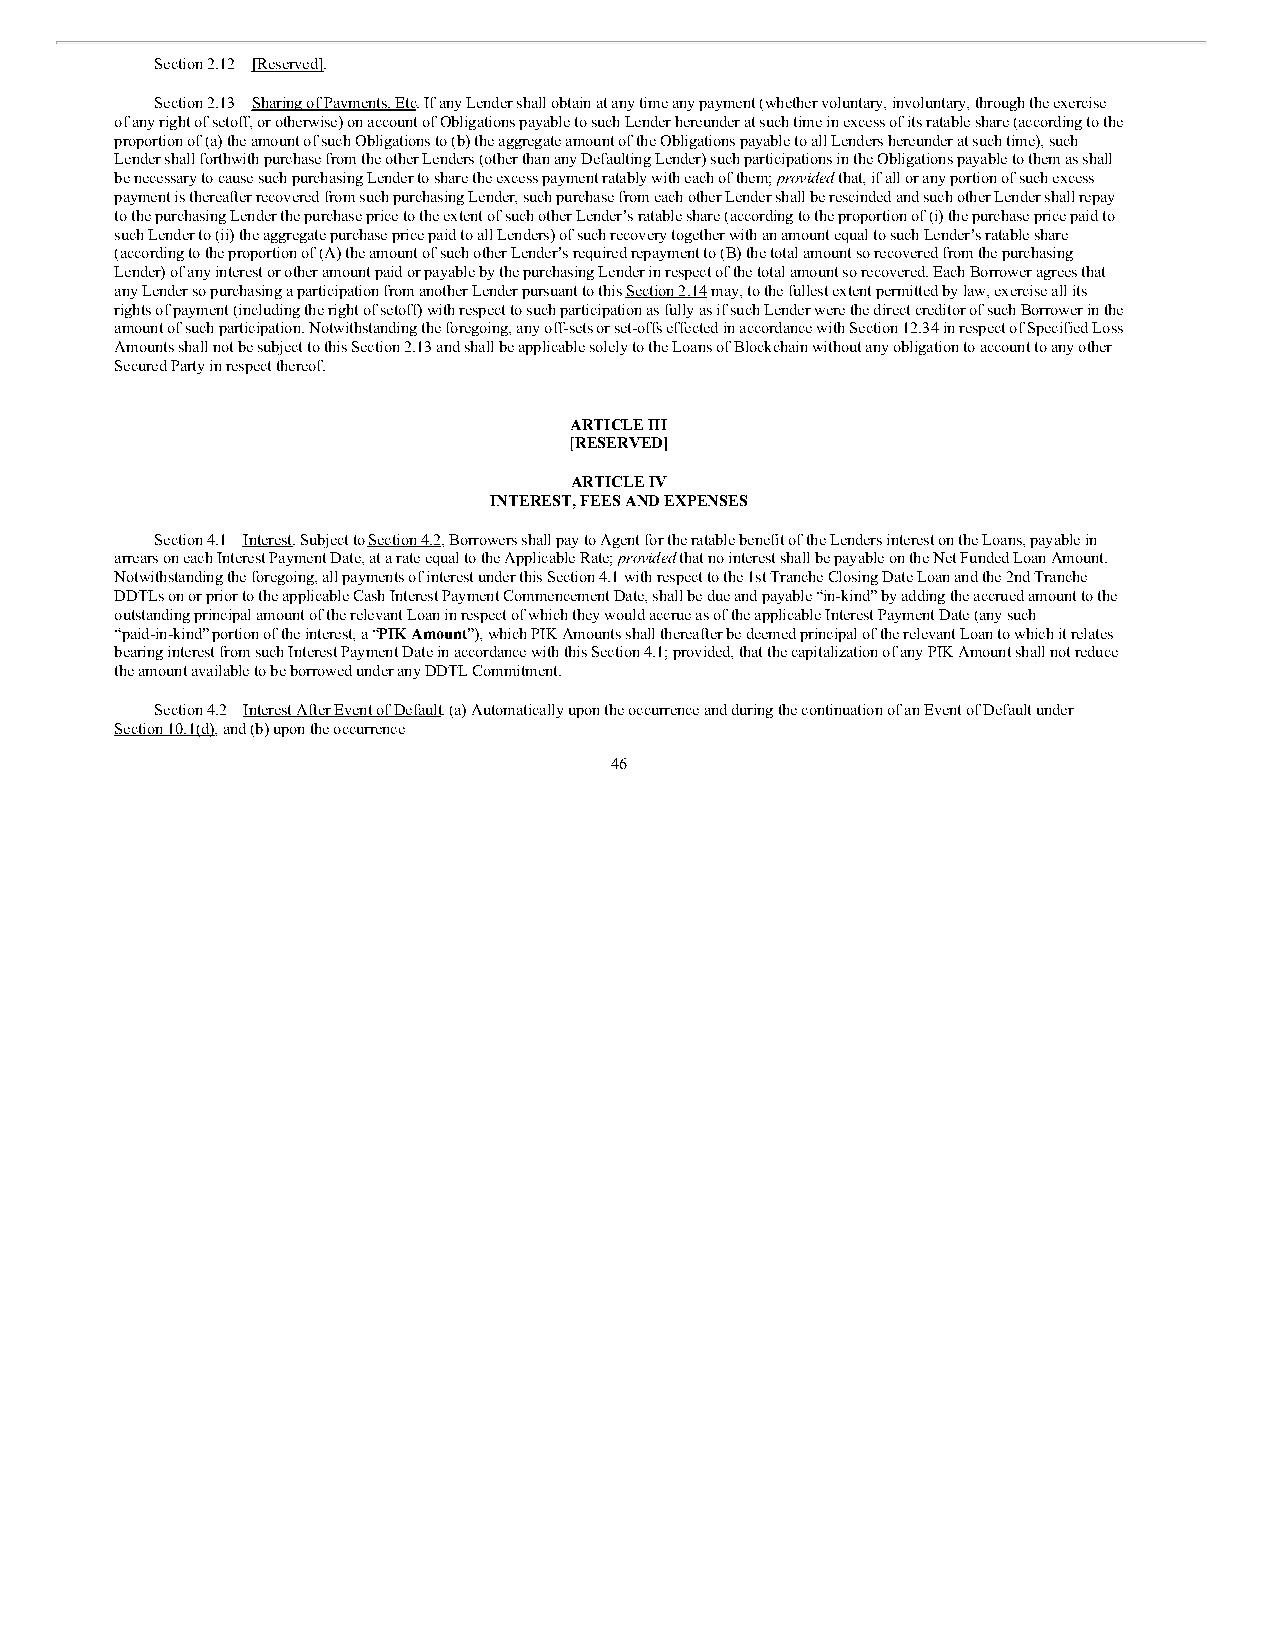
Section 2.12 [Reserved].
 Section 2.13 Sharing of Payments, Etc. If any Lender shall obtain at any time any payment (whether voluntary, involuntary, through the exercise
 of any right of setoff, or otherwise) on account of Obligations payable to such Lender hereunder at such time in excess of its ratable share (according to the
 proportion of (a) the amount of such Obligations to (b) the aggregate amount of the Obligations payable to all Lenders hereunder at such time), such
 Lender shall forthwith purchase from the other Lenders (other than any Defaulting Lender) such participations in the Obligations payable to them as shall
 be necessary to cause such purchasing Lender to share the excess payment ratably with each of them; provided that, if all or any portion of such excess
 payment is thereafter recovered from such purchasing Lender, such purchase from each other Lender shall be rescinded and such other Lender shall repay
 to the purchasing Lender the purchase price to the extent of such other Lender’s ratable share (according to the proportion of (i) the purchase price paid to
 such Lender to (ii) the aggregate purchase price paid to all Lenders) of such recovery together with an amount equal to such Lender’s ratable share
 (according to the proportion of (A) the amount of such other Lender’s required repayment to (B) the total amount so recovered from the purchasing
 Lender) of any interest or other amount paid or payable by the purchasing Lender in respect of the total amount so recovered. Each Borrower agrees that
 any Lender so purchasing a participation from another Lender pursuant to this Section 2.14 may, to the fullest extent permitted by law, exercise all its
 rights of payment (including the right of setoff) with respect to such participation as fully as if such Lender were the direct creditor of such Borrower in the
 amount of such participation. Notwithstanding the foregoing, any off-sets or set-offs effected in accordance with Section 12.34 in respect of Specified Loss
 Amounts shall not be subject to this Section 2.13 and shall be applicable solely to the Loans of Blockchain without any obligation to account to any other
 Secured Party in respect thereof.
 ARTICLE III
 [RESERVED]
 ARTICLE IV
 INTEREST, FEES AND EXPENSES
 Section 4.1 Interest. Subject to Section 4.2, Borrowers shall pay to Agent for the ratable benefit of the Lenders interest on the Loans, payable in
 arrears on each Interest Payment Date, at a rate equal to the Applicable Rate; provided that no interest shall be payable on the Net Funded Loan Amount.
 Notwithstanding the foregoing, all payments of interest under this Section 4.1 with respect to the 1st Tranche Closing Date Loan and the 2nd Tranche
 DDTLs on or prior to the applicable Cash Interest Payment Commencement Date, shall be due and payable “in-kind” by adding the accrued amount to the
 outstanding principal amount of the relevant Loan in respect of which they would accrue as of the applicable Interest Payment Date (any such
 “paid-in-kind” portion of the interest, a “PIK Amount”), which PIK Amounts shall thereafter be deemed principal of the relevant Loan to which it relates
 bearing interest from such Interest Payment Date in accordance with this Section 4.1; provided, that the capitalization of any PIK Amount shall not reduce
 the amount available to be borrowed under any DDTL Commitment.
 Section 4.2 Interest After Event of Default. (a) Automatically upon the occurrence and during the continuation of an Event of Default under
 Section 10.1(d), and (b) upon the occurrence
 46